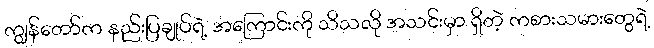
ကျွန်တော်က နည်းပြချုပ်ရဲ့ အကြောင်းကို သိသလို အသင်းမှာ ရှိတဲ့ ကစားသမားတွေရဲ့